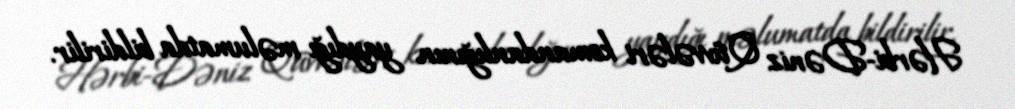
Hərbi-Dəniz Qüvvələri komandanlığının yaydığı məlumatda bildirilir.